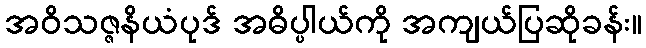
အဝိသဇ္ဇနိယံပုဒ် အဓိပ္ပါယ်ကို အကျယ်ပြဆိုခန်း။